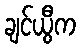
ချင်ယွီက